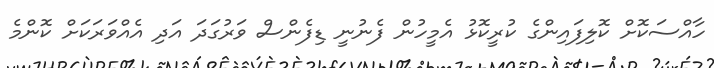
ހާއްސަކޮށް ކޮލިފައިންގެ ކުރީކޮޅު އެމީހުން ފެނުނީ ޑިފެންސް ވަރުގަދަ އަދި އެއްވަރަކަށް ކޮންމެ